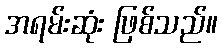
အရမ်းဆုံး ဖြစ်သည်။